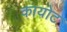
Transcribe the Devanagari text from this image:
कायोट